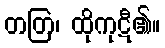
တတြ၊ ထိုကုဋီ၏။